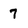
Character: 7